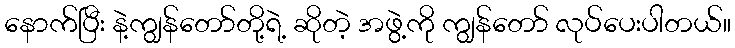
နောက်ပြီး နဲ့ကျွန်တော်တို့ရဲ့ ဆိုတဲ့ အဖွဲ့ကို ကျွန်တော် လုပ်ပေးပါတယ်။